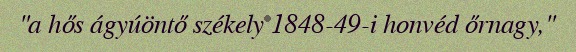
"a hős ágyúöntő székely 1848-49-i honvéd őrnagy,"